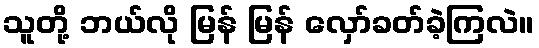
သူတို့ ဘယ်လို မြန် မြန် လှော်ခတ်ခဲ့ကြလဲ။